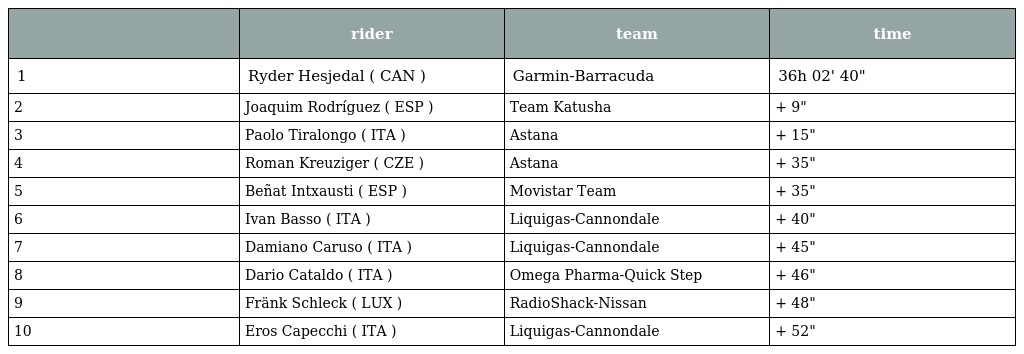
|  | rider | team | time |
 | --- | --- | --- | --- |
 | 1 | Ryder Hesjedal ( CAN ) | Garmin-Barracuda | 36h 02' 40" |
 | 2 | Joaquim Rodríguez ( ESP ) | Team Katusha | + 9" |
 | 3 | Paolo Tiralongo ( ITA ) | Astana | + 15" |
 | 4 | Roman Kreuziger ( CZE ) | Astana | + 35" |
 | 5 | Beñat Intxausti ( ESP ) | Movistar Team | + 35" |
 | 6 | Ivan Basso ( ITA ) | Liquigas-Cannondale | + 40" |
 | 7 | Damiano Caruso ( ITA ) | Liquigas-Cannondale | + 45" |
 | 8 | Dario Cataldo ( ITA ) | Omega Pharma-Quick Step | + 46" |
 | 9 | Fränk Schleck ( LUX ) | RadioShack-Nissan | + 48" |
 | 10 | Eros Capecchi ( ITA ) | Liquigas-Cannondale | + 52" |